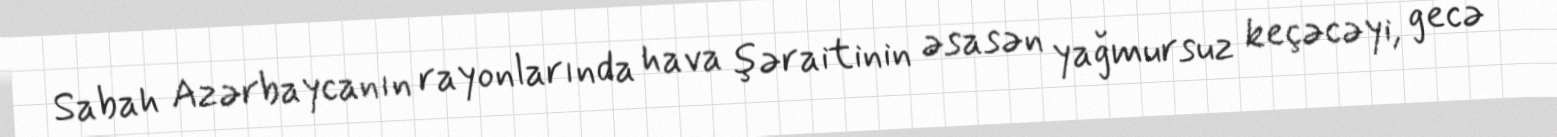
Sabah Azərbaycanın rayonlarında hava şəraitinin əsasən yağmursuz keçəcəyi, gecə